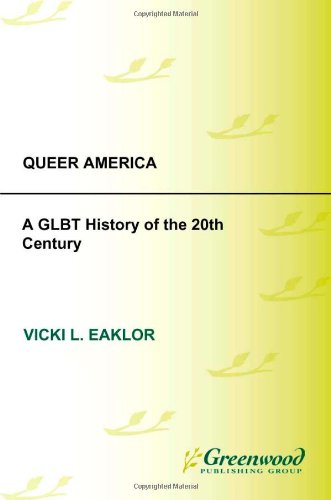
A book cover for Queer America: A GLBT History of the 20th Century; Vicki L. Eaklor; Gay & Lesbian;